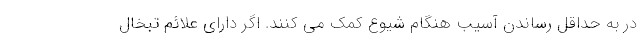
در به حداقل رساندن آسیب هنگام شیوع کمک می کنند. اگر دارای علائم تبخال